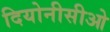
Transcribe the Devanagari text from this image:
दियोनीसीओ